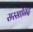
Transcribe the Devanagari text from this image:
सस्सानिद